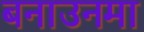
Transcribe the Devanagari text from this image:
बनाउनमा